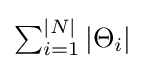
{\textstyle \sum _{i=1}^{|N|}|\Theta _{i}|}